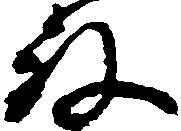
殿